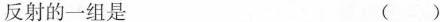
反射的一组是 ( )